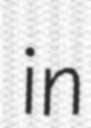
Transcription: in